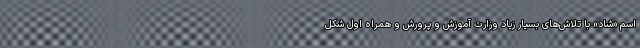
اسم «شاد» با تلاش‌های بسیار زیاد وزارت آموزش و پرورش و همراه اول شکل